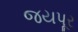
જયપૂર